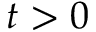
t > 0